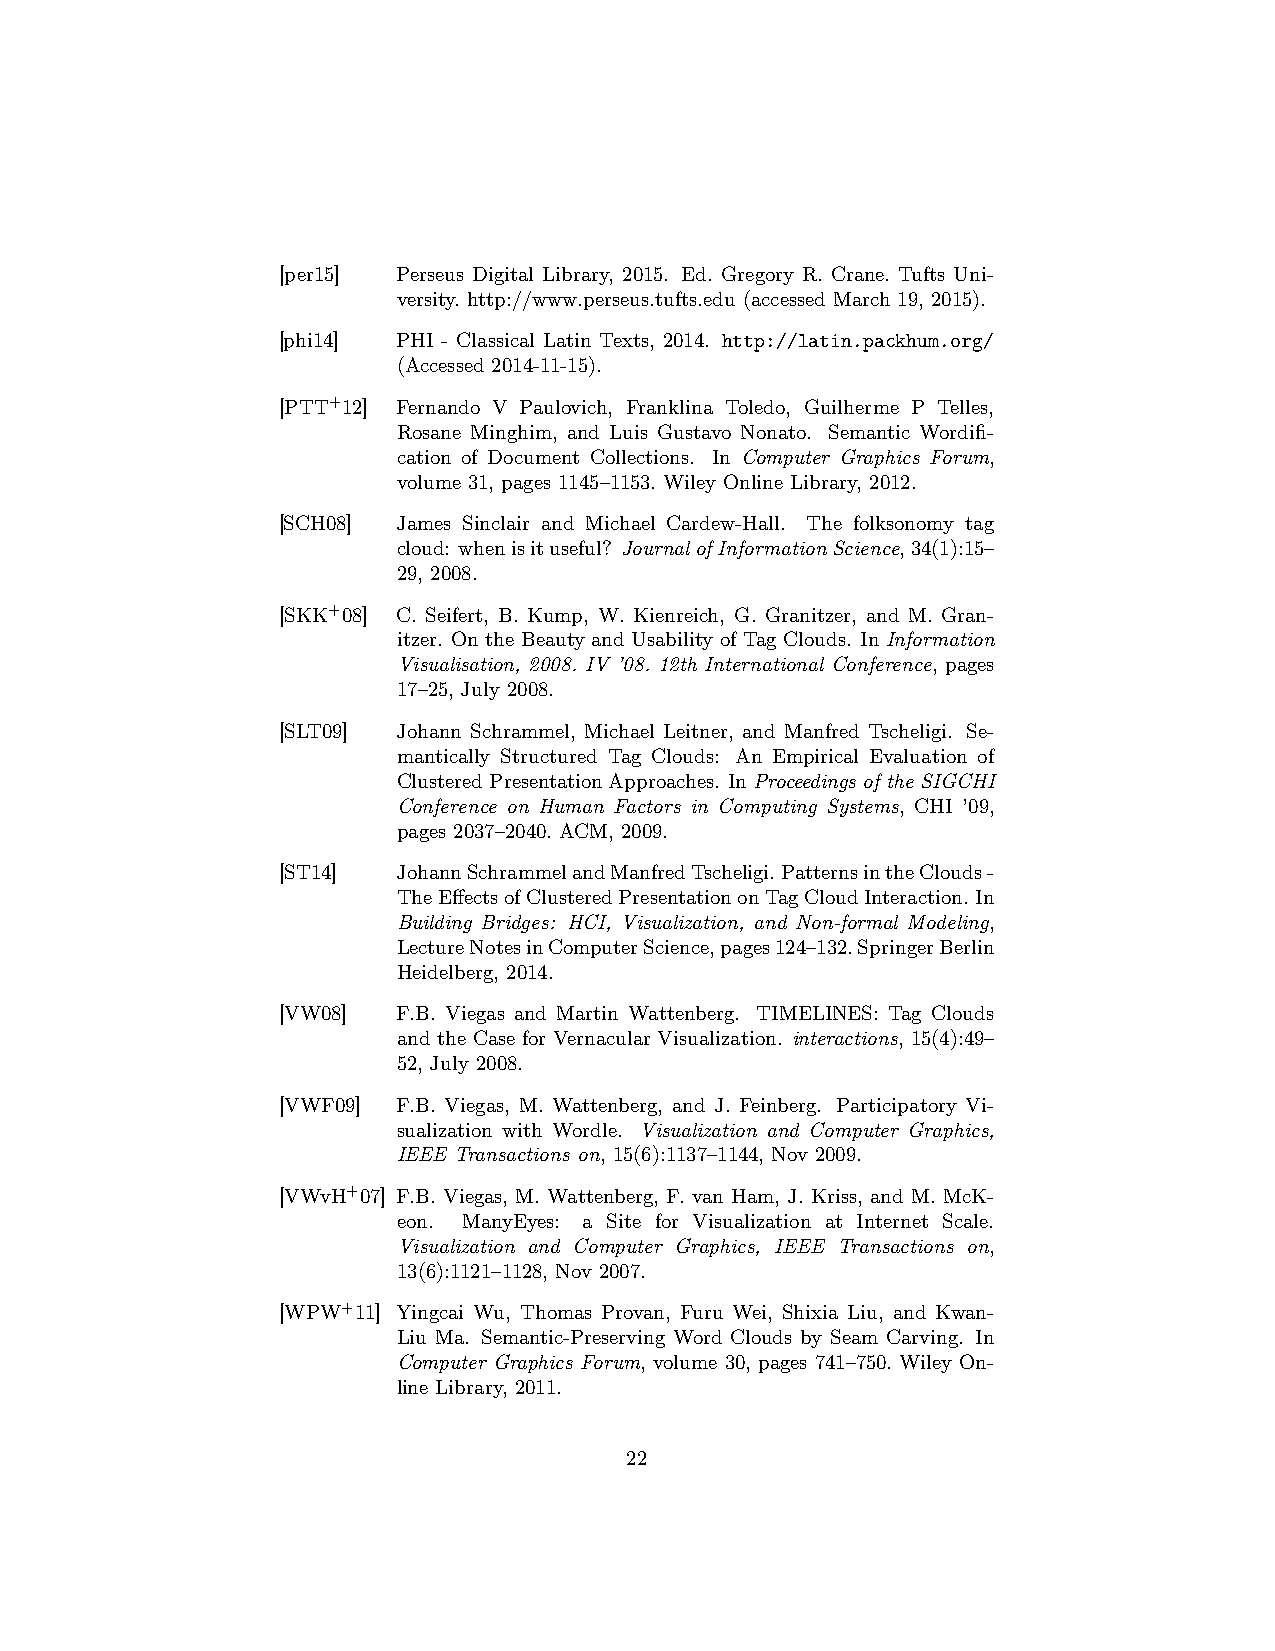
[per15] Perseus Digital Library, 2015. Ed. Gregory R. Crane. Tufts Uni-
 versity. http://www.perseus.tufts.edu (accessed March 19, 2015).
 [phi14] PHI - Classical Latin Texts, 2014. http://latin.packhum.org/
 (Accessed 2014-11-15).
 [PTT+12] Fernando V Paulovich, Franklina Toledo, Guilherme P Telles,
 Rosane Minghim, and Luis Gustavo Nonato. Semantic Wordifi-
 cation of Document Collections. In Computer Graphics Forum,
 volume 31, pages 1145–1153. Wiley Online Library, 2012.
 [SCH08] James Sinclair and Michael Cardew-Hall. The folksonomy tag
 cloud: whenisituseful? JournalofInformationScience,34(1):15–
 29, 2008.
 [SKK+08] C. Seifert, B. Kump, W. Kienreich, G. Granitzer, and M. Gran-
 itzer. On the Beauty and Usability of Tag Clouds. In Information
 Visualisation, 2008. IV ’08. 12th International Conference, pages
 17–25, July 2008.
 [SLT09] Johann Schrammel, Michael Leitner, and Manfred Tscheligi. Se-
 mantically Structured Tag Clouds: An Empirical Evaluation of
 ClusteredPresentationApproaches. InProceedings of the SIGCHI
 Conference on Human Factors in Computing Systems, CHI ’09,
 pages 2037–2040. ACM, 2009.
 [ST14]  JohannSchrammelandManfredTscheligi.PatternsintheClouds-
 TheEffectsofClusteredPresentationonTagCloudInteraction. In
 Building Bridges: HCI, Visualization, and Non-formal Modeling,
 LectureNotesinComputerScience,pages124–132.SpringerBerlin
 Heidelberg, 2014.
 [VW08]  F.B. Viegas and Martin Wattenberg. TIMELINES: Tag Clouds
 and the Case for Vernacular Visualization. interactions, 15(4):49–
 52, July 2008.
 [VWF09] F.B. Viegas, M. Wattenberg, and J. Feinberg. Participatory Vi-
 sualization with Wordle. Visualization and Computer Graphics,
 IEEE Transactions on, 15(6):1137–1144, Nov 2009.
 [VWvH+07] F.B. Viegas, M. Wattenberg, F. van Ham, J. Kriss, and M. McK-
 eon. ManyEyes: a Site for Visualization at Internet Scale.
 Visualization and Computer Graphics, IEEE Transactions on,
 13(6):1121–1128, Nov 2007.
 [WPW+11] Yingcai Wu, Thomas Provan, Furu Wei, Shixia Liu, and Kwan-
 Liu Ma. Semantic-Preserving Word Clouds by Seam Carving. In
 Computer Graphics Forum, volume 30, pages 741–750. Wiley On-
 line Library, 2011.
 22